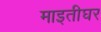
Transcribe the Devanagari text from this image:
माइतीघर